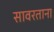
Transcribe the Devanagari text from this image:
सावरताना